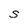
Character: S